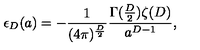
\epsilon _ { D } ( a ) = - \frac { 1 } { ( 4 \pi ) ^ { \frac { D } { 2 } } } \frac { \Gamma ( \frac { D } { 2 } ) \zeta ( D ) } { a ^ { D - 1 } } ,